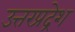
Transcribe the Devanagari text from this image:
उत्तरप्रद्रेश